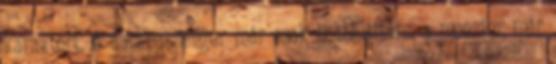
karaktert. A darkpassenger már csak hobbiutitárs, a monster már